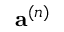
\mathbf { a } ^ { ( n ) }